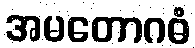
အမတောဂဓံ